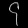
Digit: ၄